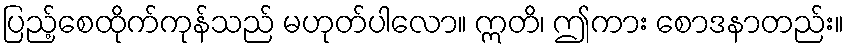
ပြည့်စေထိုက်ကုန်သည် မဟုတ်ပါလော။ ဣတိ၊ ဤကား စောဒနာတည်း။